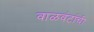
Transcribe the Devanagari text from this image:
वाळवंटांची